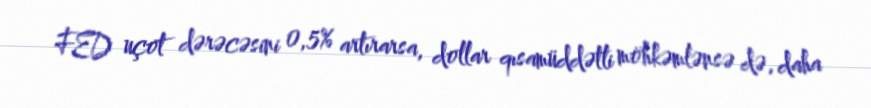
FED uçot dərəcəsini 0,5% artırarsa, dollar qısamüddətli möhkəmlənsə də, daha